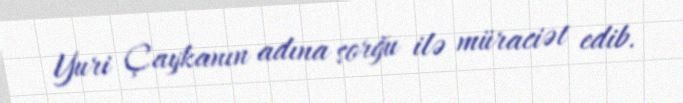
Yuri Çaykanın adına sorğu ilə müraciət edib.